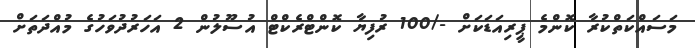
މަސައްކަތްކުރާ ކޮންމެ ޕީރިއަޑަކަށް -/100 ރުފިޔާ ކޮންޓްރެކްޓް އުސޫލުން 2 އަހަރުދުވަހުގެ މުއްދަތަށް